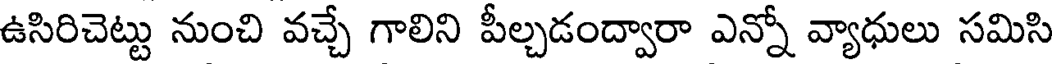
ఉసిరిచెట్టు నుంచి వచ్చే గాలిని పీల్చడంద్వారా ఎన్నో వ్యాధులు సమిసి